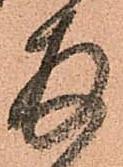
拝